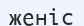
женіс